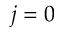
j = 0